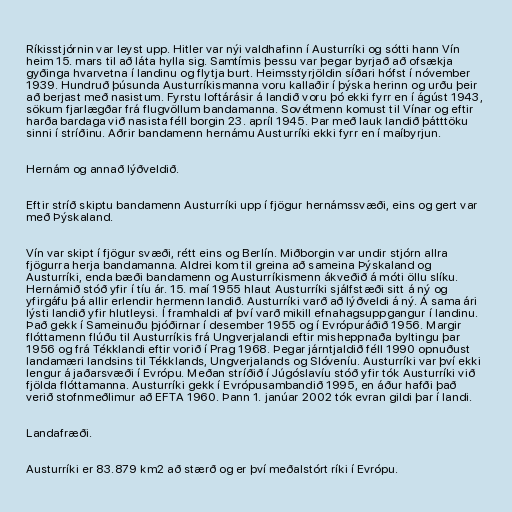
Ríkisstjórnin var leyst upp. Hitler var nýi valdhafinn í Austurríki og sótti hann Vín
heim 15. mars til að láta hylla sig. Samtímis þessu var þegar byrjað að ofsækja
gyðinga hvarvetna í landinu og flytja burt. Heimsstyrjöldin síðari hófst í nóvember
1939. Hundruð þúsunda Austurríkismanna voru kallaðir í þýska herinn og urðu þeir
að berjast með nasistum. Fyrstu loftárásir á landið voru þó ekki fyrr en í ágúst 1943,
sökum fjarlægðar frá flugvöllum bandamanna. Sovétmenn komust til Vínar og eftir
harða bardaga við nasista féll borgin 23. apríl 1945. Þar með lauk landið þátttöku
sinni í stríðinu. Aðrir bandamenn hernámu Austurríki ekki fyrr en í maíbyrjun.

Hernám og annað lýðveldið.

Eftir stríð skiptu bandamenn Austurríki upp í fjögur hernámssvæði, eins og gert var
með Þýskaland.

Vín var skipt í fjögur svæði, rétt eins og Berlín. Miðborgin var undir stjórn allra
fjögurra herja bandamanna. Aldrei kom til greina að sameina Þýskaland og
Austurríki, enda bæði bandamenn og Austurríkismenn ákveðið á móti öllu slíku.
Hernámið stóð yfir í tíu ár. 15. maí 1955 hlaut Austurríki sjálfstæði sitt á ný og
yfirgáfu þá allir erlendir hermenn landið. Austurríki varð að lýðveldi á ný. Á sama ári
lýsti landið yfir hlutleysi. Í framhaldi af því varð mikill efnahagsuppgangur í landinu.
Það gekk í Sameinuðu þjóðirnar í desember 1955 og í Evrópuráðið 1956. Margir
flóttamenn flúðu til Austurríkis frá Ungverjalandi eftir misheppnaða byltingu þar
1956 og frá Tékklandi eftir vorið í Prag 1968. Þegar járntjaldið féll 1990 opnuðust
landamæri landsins til Tékklands, Ungverjalands og Slóveníu. Austurríki var því ekki
lengur á jaðarsvæði í Evrópu. Meðan stríðið í Júgóslavíu stóð yfir tók Austurríki við
fjölda flóttamanna. Austurríki gekk í Evrópusambandið 1995, en áður hafði það
verið stofnmeðlimur að EFTA 1960. Þann 1. janúar 2002 tók evran gildi þar í landi.

Landafræði.

Austurríki er 83.879 km2 að stærð og er því meðalstórt ríki í Evrópu.